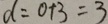
d = 0 + 3 = 3